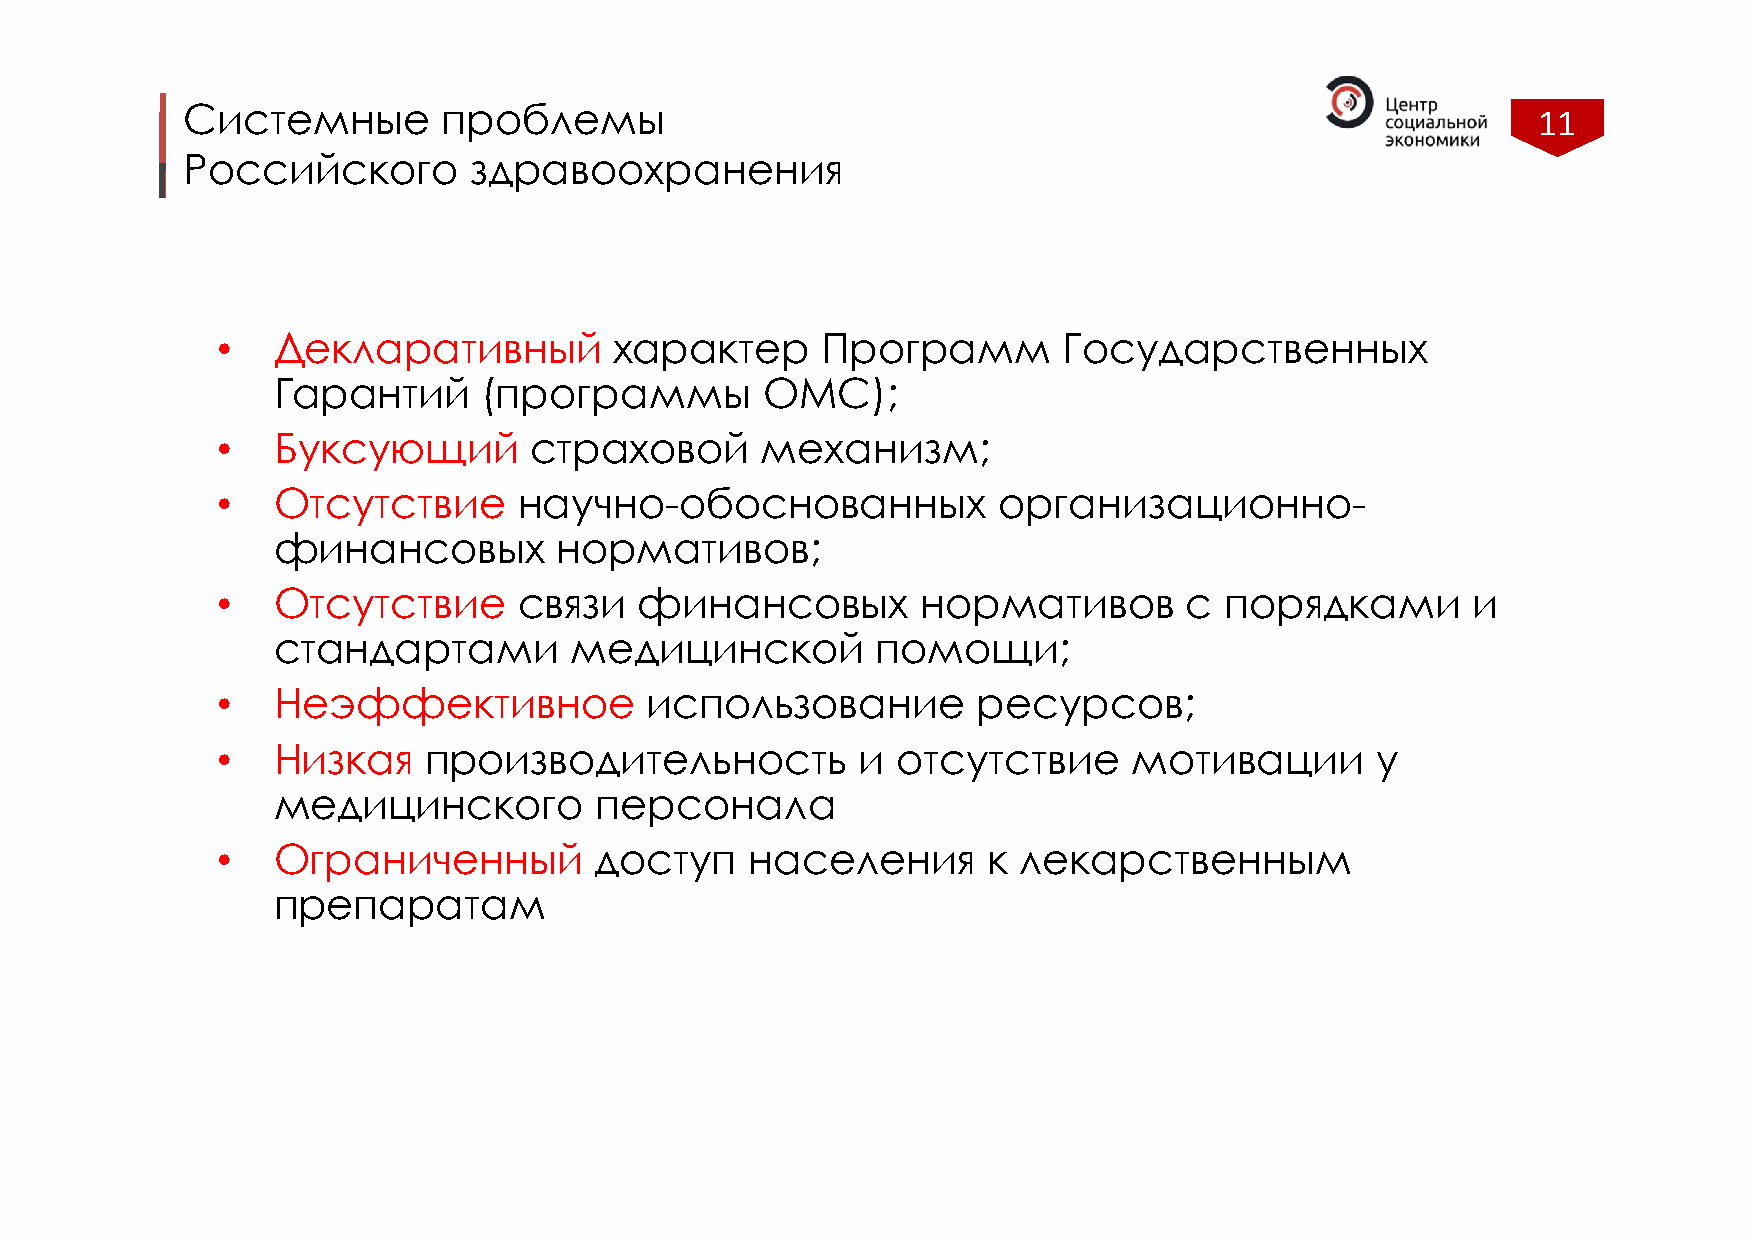
Системные        проблемы                                                                 11
 Российского        здравоохранения
 •   Декларативный          характер     Программ        Государственных
 Гарантий      (программы        ОМС);
 •   Буксующий        страховой      механизм;
 •   Отсутствие      научно-обоснованных             организационно-
 финансовых         нормативов;
 •   Отсутствие      связи   финансовых         нормативов        с порядками       и
 стандартами         медицинской         помощи;
 •   Неэффективное            использование         ресурсов;
 •   Низкая    производительность           и отсутствие      мотивации       у
 медицинского         персонала
 •   Ограниченный         доступ     населения      к лекарственным
 препаратам